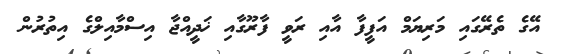
އޭގެ ތެރޭގައި މަރިޔަމް އަފީފާ އާއި ރަވީ ފާރޫގާއި ޚަދީއްޖާ އިސްމާއިލްގެ އިތުރުން